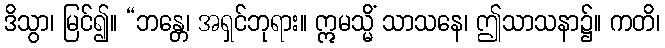
ဒိသွာ၊ မြင်၍။ “ဘန္တေ၊ အရှင်ဘုရား။ ဣမသ္မိံ သာသနေ၊ ဤသာသနာ၌။ ကတိ၊